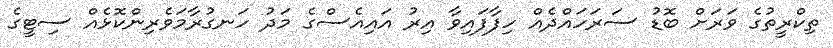
ތިކްރީތުގެ ވަރަށް ބޮޑު ސަރަހައްދެއް ހިފާފައިވާ އިރު އައިއެސްގެ މަދު ހަނގުރާމަވެރިންކޮޅެއް ސިޓީގެ